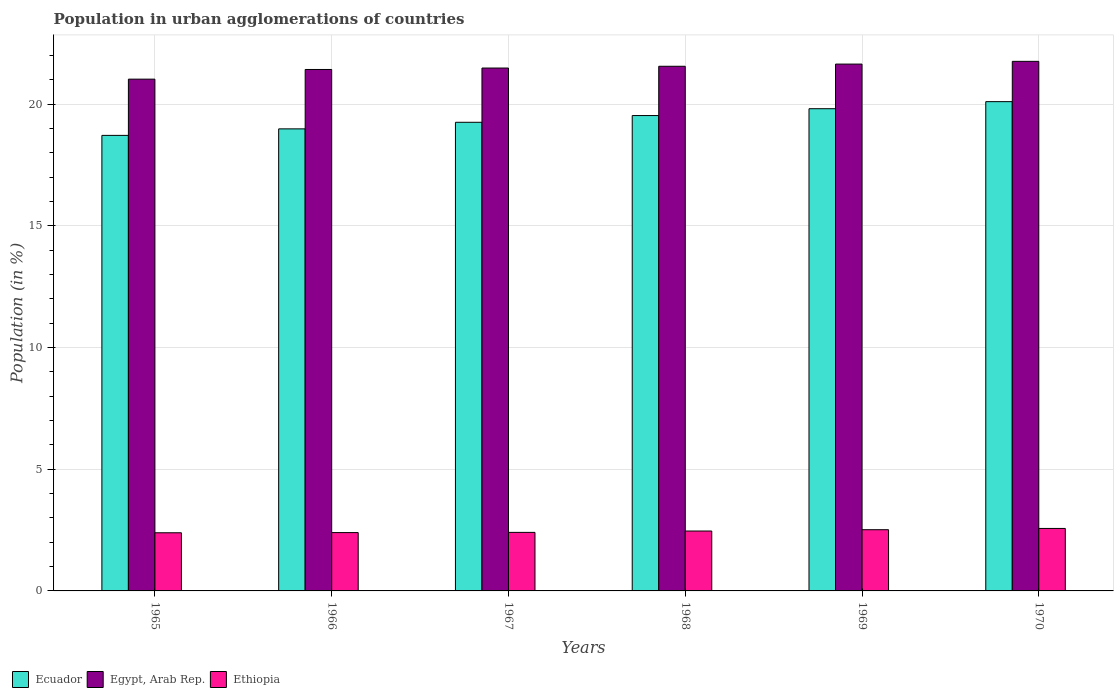
| Years | Ecuador | Egypt, Arab Rep. | Ethiopia |
 | --- | --- | --- | --- |
 | 1965 | 18.7 | 21 | 2.39 |
 | 1966 | 19 | 21.4 | 2.4 |
 | 1967 | 19.2 | 21.5 | 2.4 |
 | 1968 | 19.5 | 21.6 | 2.46 |
 | 1969 | 19.8 | 21.6 | 2.51 |
 | 1970 | 20.1 | 21.8 | 2.57 |